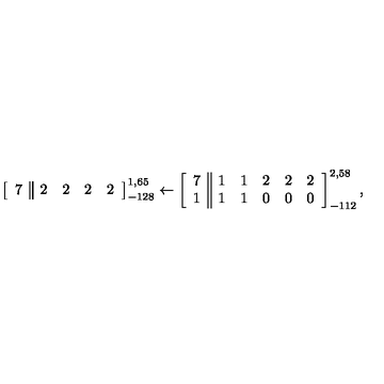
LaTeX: \left[ \begin{array} { c | | c c c c } { 7 } & { 2 } & { 2 } & { 2 } & { 2 } \\ \end{array} \right] _ { - 1 2 8 } ^ { 1 , 6 5 } \leftarrow \left[ \begin{array} { c | | c c c c c } { 7 } & { 1 } & { 1 } & { 2 } & { 2 } & { 2 } \\ { 1 } & { 1 } & { 1 } & { 0 } & { 0 } & { 0 } \\ \end{array} \right] _ { - 1 1 2 } ^ { 2 , 5 8 } ,